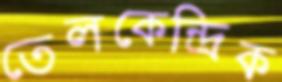
তেলকেন্দ্রিক